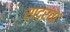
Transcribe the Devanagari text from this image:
साद्रंता